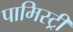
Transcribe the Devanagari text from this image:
पामिस्ट्री